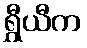
ရွှီယီက